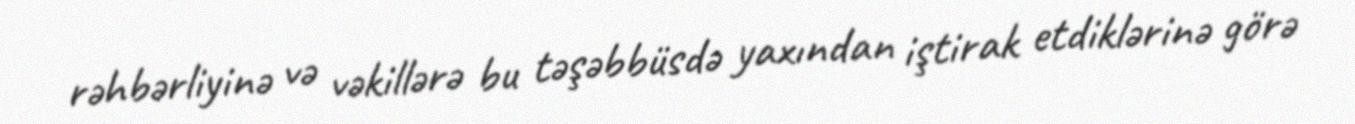
rəhbərliyinə və vəkillərə bu təşəbbüsdə yaxından iştirak etdiklərinə görə